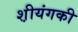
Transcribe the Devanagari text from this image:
श़ीयंगकी